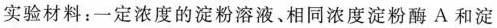
实验材料：一定浓度的淀粉溶液、相同浓度淀粉酶A和淀粉